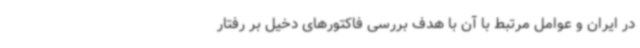
در ایران و عوامل مرتبط با آن با هدف بررسی فاکتورهای دخیل بر رفتار